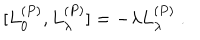
LaTeX: [ L _ { 0 } ^ { ( P ) } , L _ { \lambda } ^ { ( P ) } ] = - \lambda L _ { \lambda } ^ { ( P ) } \ .